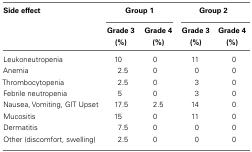
<table><thead><tr><td><b>Side effect</b></td><td colspan="2"><b>Group 1</b></td><td colspan="2"><b>Group 2</b></td></tr><tr><td></td><td><b>Grade 3 (%)</b></td><td><b>Grade 4 (%)</b></td><td><b>Grade 3 (%)</b></td><td><b>Grade 4 (%)</b></td></tr></thead><tbody><tr><td>Leukoneutropenia</td><td>10</td><td>0</td><td>11</td><td>0</td></tr><tr><td>Anemia</td><td>2.5</td><td>0</td><td>0</td><td>0</td></tr><tr><td>Thrombocytopenia</td><td>2.5</td><td>0</td><td>3</td><td>0</td></tr><tr><td>Febrile neutropenia</td><td>5</td><td>0</td><td>3</td><td>0</td></tr><tr><td>Nausea, Vomiting, GIT Upset</td><td>17.5</td><td>2.5</td><td>14</td><td>0</td></tr><tr><td>Mucositis</td><td>15</td><td>0</td><td>11</td><td>0</td></tr><tr><td>Dermatitis</td><td>7.5</td><td>0</td><td>0</td><td>0</td></tr><tr><td>Other (discomfort, swelling)</td><td>2.5</td><td>0</td><td>0</td><td>0</td></tr></tbody></table>